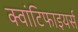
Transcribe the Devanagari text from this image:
क्वांटिफाइयर्स